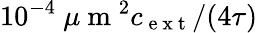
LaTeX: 10^{-4}\mathrm{~}\mu\mathrm{~m~}^{2}c_{\mathrm{~e~x~t~}}/(4\tau)